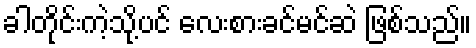
ခါတိုင်းကဲ့သို့ပင် လေးစားခင်မင်ဆဲ ဖြစ်သည်။